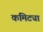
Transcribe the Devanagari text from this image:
कमिट्या